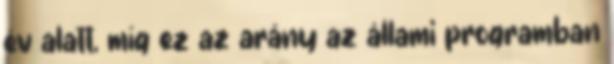
év alatt, míg ez az arány az állami programban